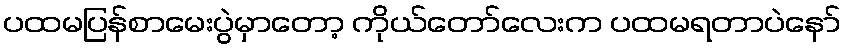
ပထမပြန်စာမေးပွဲမှာတော့ ကိုယ်တော်လေးက ပထမရတာပဲနော်